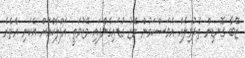
ޒޭބާ ގޮނޑިން ތެދުވިލެއް އަވަސްކަމުން މޭޒު ގުޑައިގެންފައި މޭޒުމަތީ އަފްލާކްއަށް އެކަނި އެތެރެ